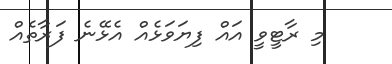
މި ރާޓީވީ އައް ފިޔަވަޅެއް އެޅޭނެ ފަރާތެއް